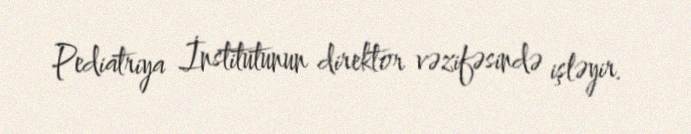
Pediatriya İnstitutunun direktor vəzifəsində işləyir.